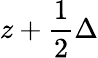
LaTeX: z+\frac 12\Delta